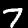
Digit: 7